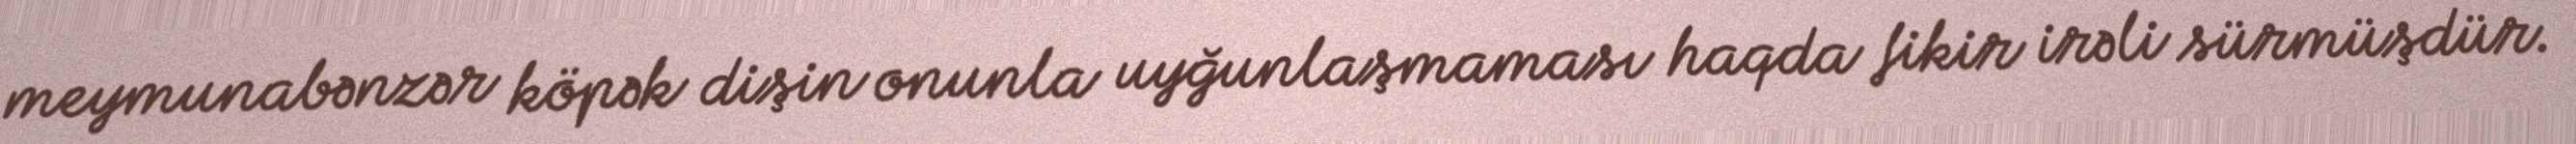
meymunabənzər köpək dişin onunla uyğunlaşmaması haqda fikir irəli sürmüşdür.